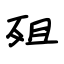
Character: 殂